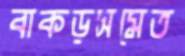
বাকড়সমেত